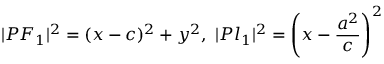
| P F _ { 1 } | ^ { 2 } = ( x - c ) ^ { 2 } + y ^ { 2 } , \ | P l _ { 1 } | ^ { 2 } = \left( x - { \frac { a ^ { 2 } } { c } } \right) ^ { 2 }